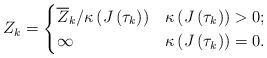
LaTeX: \begin{align*}Z_{k} = \begin{cases} \overline{Z}_{k} / \kappa \left( J \left( \tau_{k} \right) \right) & \kappa \left( J \left( \tau_{k} \right) \right) > 0; \\ \infty & \kappa \left( J \left( \tau_{k} \right) \right) = 0. \end{cases}\end{align*}